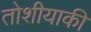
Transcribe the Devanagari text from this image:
तोशीयाकी